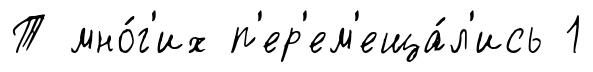
Т мно́г'их п'ер'ем'еща́л'ись 1